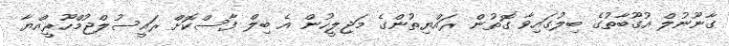
ގާނޫނުލް އުގޫބާތުގެ ބިލުގައިވާ ގޮތުން ރައްޔިތުންގެ މަޖިލީހުން އެ ބިލް ފާސްކޮށް ރައީސުލްޖުމްހޫރީއްޔާ